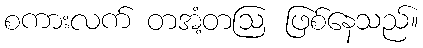
စကားလက် တအံ့တဩ ဖြစ်နေသည်။